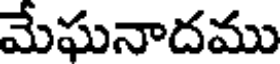
మేఘనాదము